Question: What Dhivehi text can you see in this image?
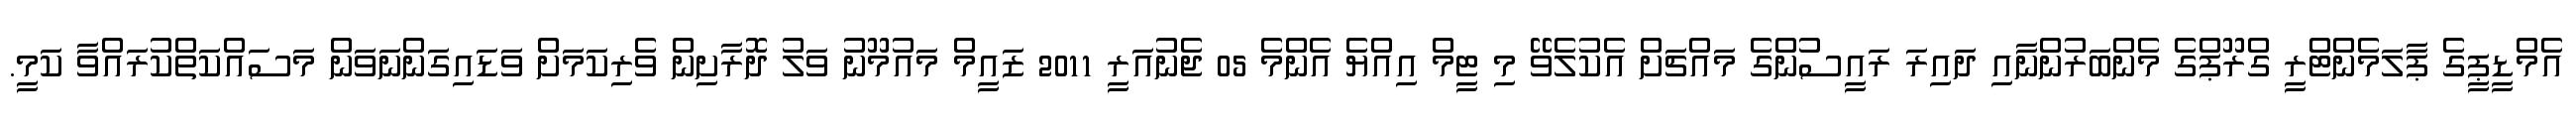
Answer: އެމްޑީޕީގެ ޕާލަމެންޓްރީ ގްރޫޕްގެ މެންބަރުންނާއި ދައިރަ ރައީސުންގެ މައްޗަށް އެކުލެވޭ މި ޓީމް އިއްޔެ އެންމެ 05 ޖެނުއަރީ 2011 ޒައީމް މައުމޫނު ވަލު ދޮރާށިން ވެރިކަމަށް ވަޑައިގަންނަވަން މަސައްކަތްކުރައްވާ ކަމީ.